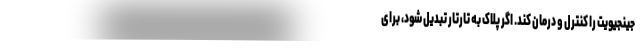
جینجیویت را کنترل و درمان کند. اگر پلاک به تارتار تبدیل شود، برای